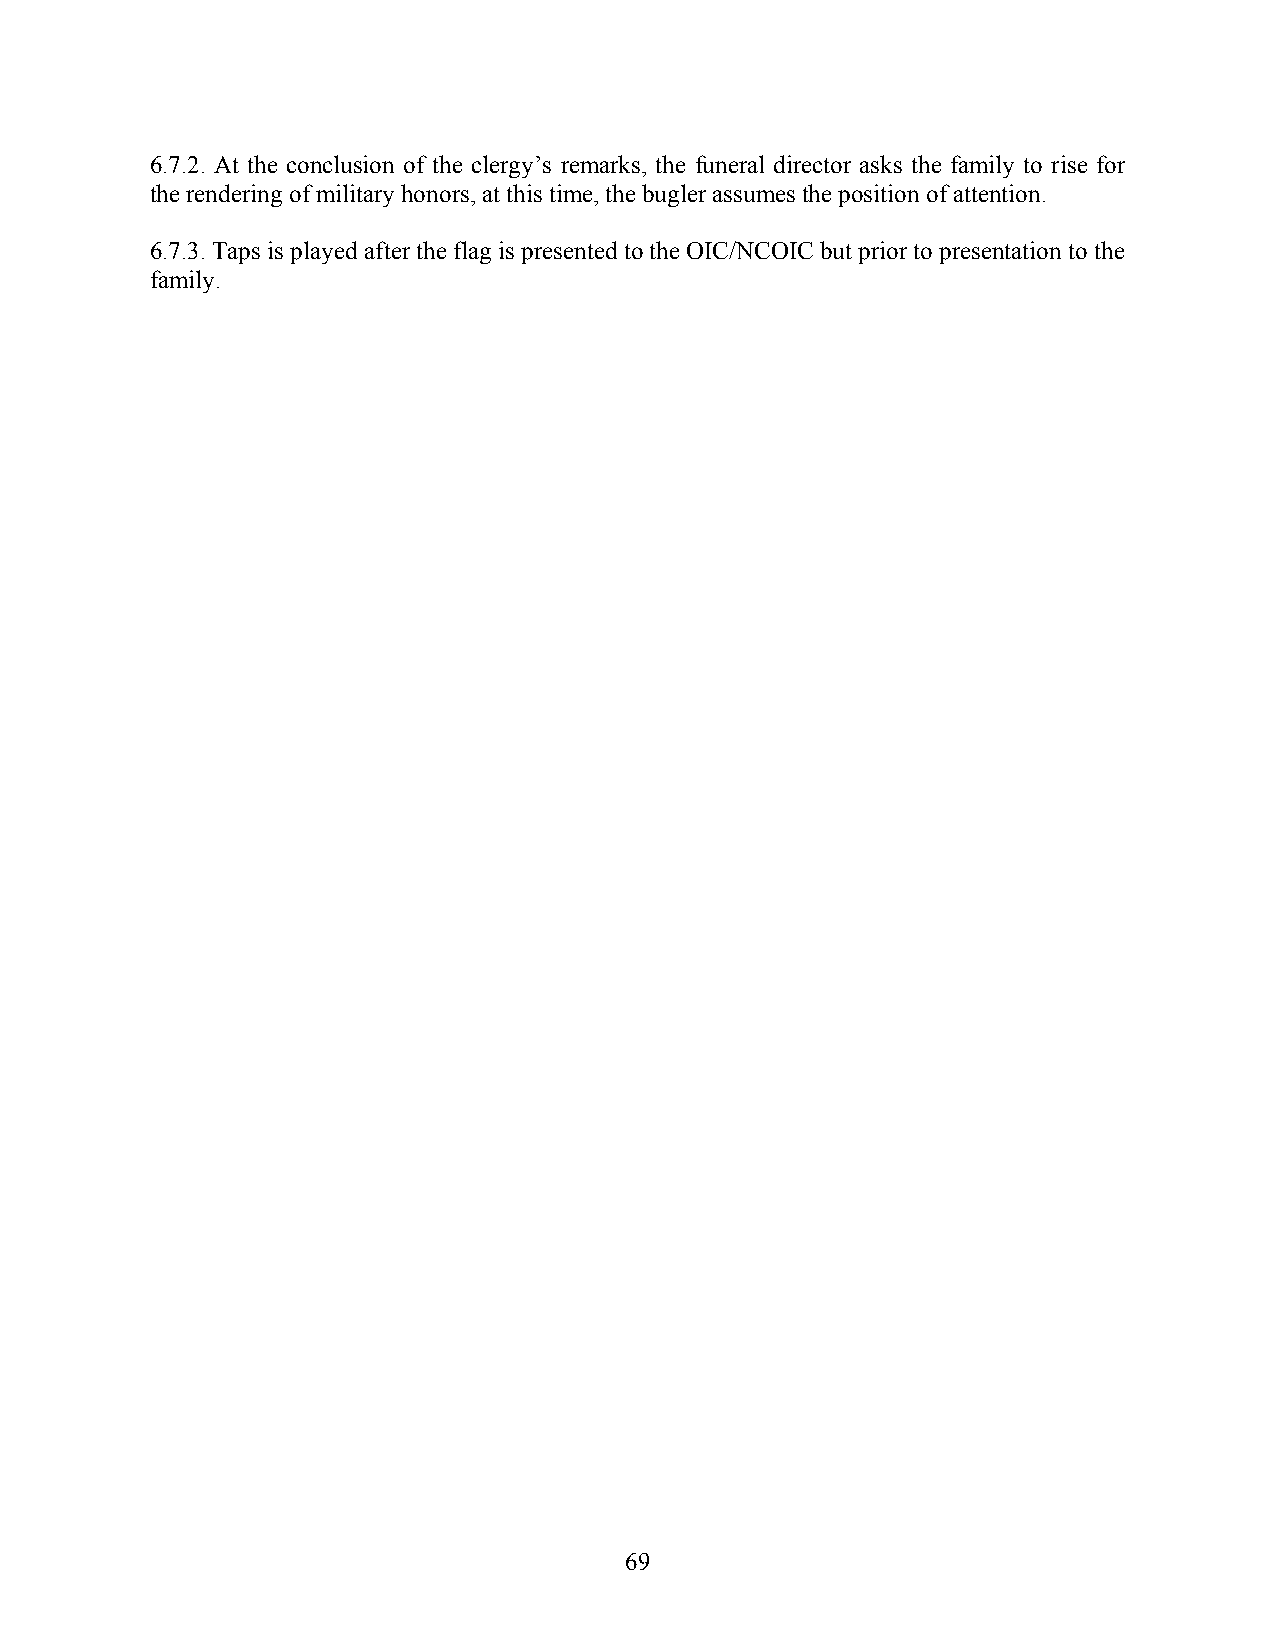
6.7.2. At the conclusion of the clergy’s remarks, the funeral director asks the family to rise for
 the rendering of military honors, at this time, the bugler assumes the position of attention.
 6.7.3. Taps is played after the flag is presented to the OIC/NCOIC but prior to presentation to the
 family.
 69